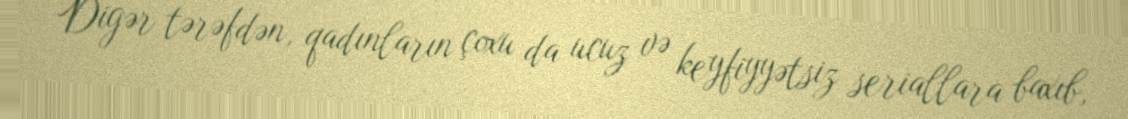
Digər tərəfdən, qadınların çoxu da ucuz və keyfiyyətsiz seriallara baxıb,